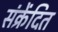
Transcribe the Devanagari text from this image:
संक्रेंदित